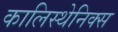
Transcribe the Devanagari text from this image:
कालिस्थेनिक्स